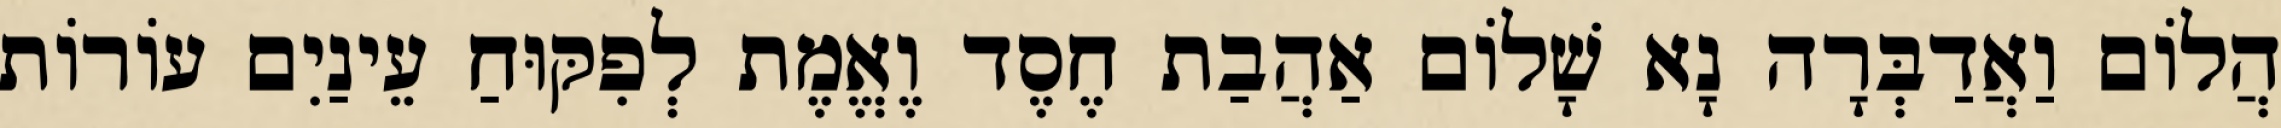
הֲלוֹם וַאֲדַבְּרָה נָא שָׁלוֹם אַהֲבַת חֶסֶד וֶאֱמֶת לְפִקּוּחַ עֵינַיִם עוֹרוֹת